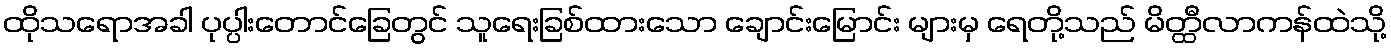
ထိုသရောအခါ ပုပ္ပါးတောင်ခြေတွင် သူရေးခြစ်ထားသော ချောင်းမြောင်း များမှ ရေတို့သည် မိတ္ထီလာကန်ထဲသို့